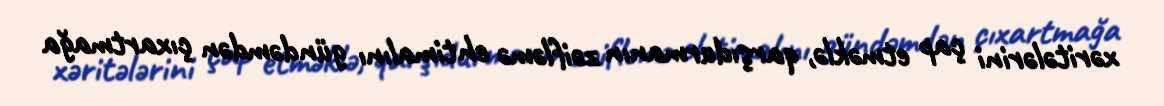
xəritələrini çap etməklə, qarşıdurmanın zəifləmə ehtimalını gündəmdən çıxartmağa